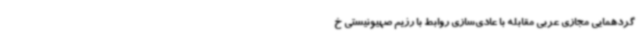
گردهمایی مجازی عربی مقابله با عادی‌سازی روابط با رژیم صهیونیستی خ